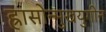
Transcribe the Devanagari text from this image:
ह्रासोन्मुखयुगीन